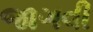
જાગવી